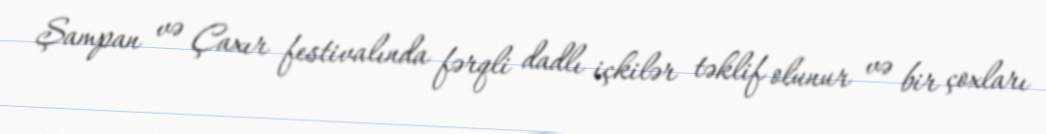
Şampan və Çaxır festivalında fərqli dadlı içkilər təklif olunur və bir çoxları